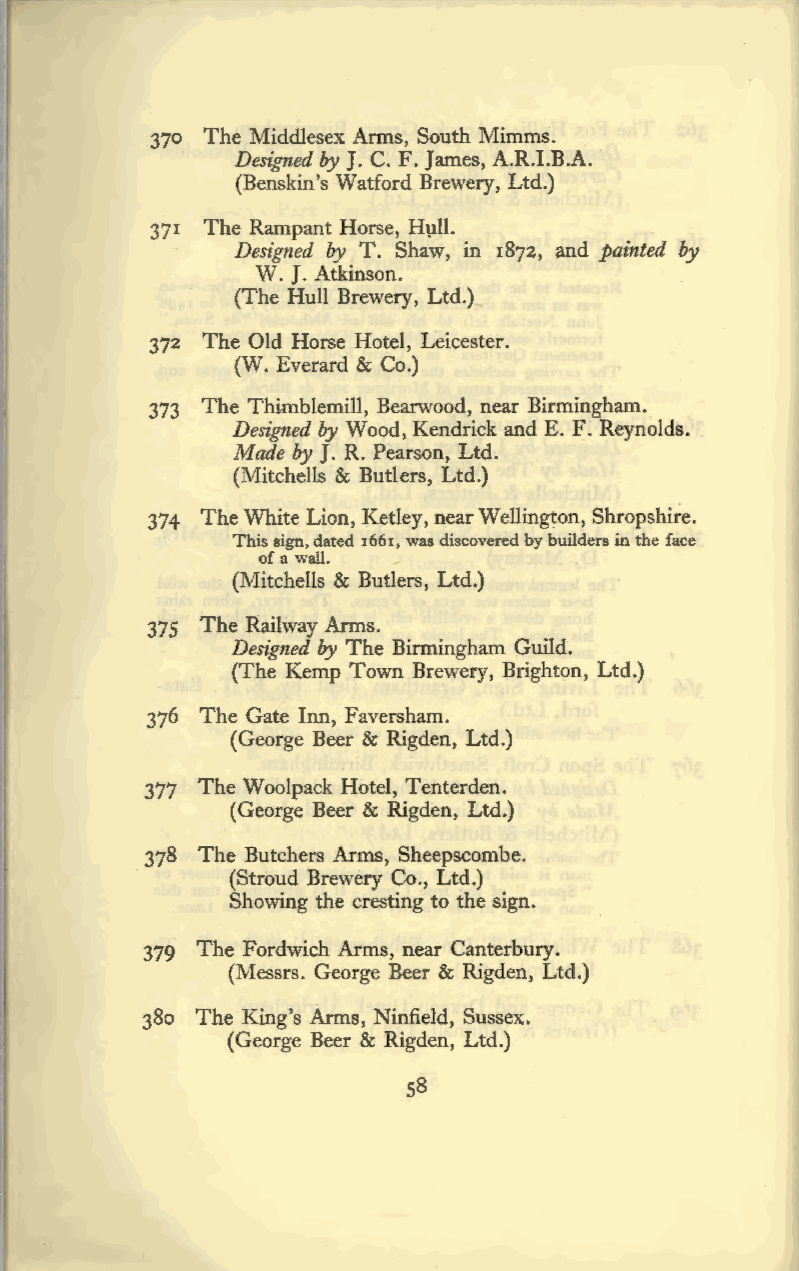
370 The Middlesex Arms, South Mimms.
 Designed by J.C. F. James, A.R.I.B.A.
 (Benskin's Watford Brewery, Ltd.)
 371 The Rampant Horse, Hµll.
 Designed by T. Shaw, in 1872, and painted by
 W. J. Atkinson.
 (The Hull Brewery, Ltd.)
 372 The Old Horse Hotel, Leicester.
 (W. Everard & Co.)
 373 The Thimblemill, Bearwood, near Birmingham.
 Designed by Wood, Kendrick and E. F. Reynolds.
 Made by J. R. Pearson, Ltd.
 (Mitchells & Butlers, Ltd.)
 374 The White Lion, Ketley, near Wellington, Shropshire.
 This sign, dated 1661, was discovered by builders in the face
 of a wall.
 (Mitchells & Butlers, Ltd.)
 375 The Railway Arms.
 Designed by The Birmingham Guild.
 (The Kemp Town Brewery, Brighton, Ltd.)
 376 The Gate Inn, Faversham.
 (George Beer & Rigden, Ltd.)
 377 The Woolpack Hotel, Tenterden.
 (George Beer & Rigden, Ltd.)
 378 The Butchers Arms, Sheepscombe.
 (Stroud Brewery Co., Ltd.)
 Showing the cresting to the sign.
 379 The Fordwich Arms, near Canterbury.
 (Messrs. George Beer & Rigden, Ltd.)
 380 The King's Arms, Ninfield, Sussex.
 (George Beer & Rigden, Ltd.)
 58